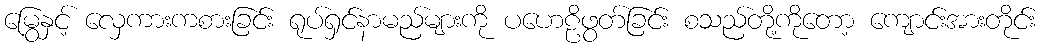
မြွေနှင့် လှေကားကစားခြင်း ရုပ်ရှင်နာမည်များကို ပဟေဠိဖွတ်ခြင်း စသည်တို့ကိုတော့ ကျောင်းအားတိုင်း